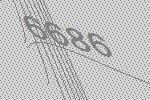
6686